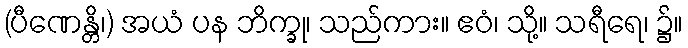
(ပီဏေန္တိ၊) အယံ ပန ဘိက္ခု၊ သည်ကား။ ဧဝံ၊ သို့။ သရီရေ၊ ၌။